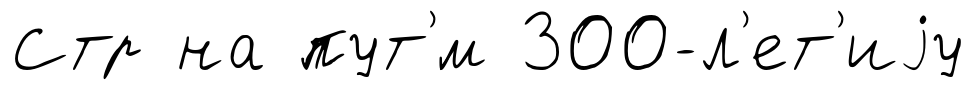
Стр на пут'́м 300-л'ет'иjу